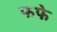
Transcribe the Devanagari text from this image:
फफे